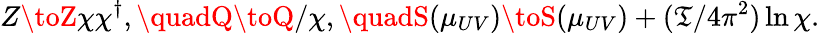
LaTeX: Z\toZ\chi\chi^{\dagger},\quadQ\toQ/\chi,\quadS(\mu_{UV})\toS(\mu_{UV})+(\mathfrak{T}/4\pi^{2})\ln\chi.